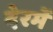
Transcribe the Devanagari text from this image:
देरमें